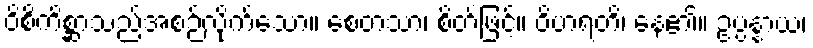
ဝိစိကိစ္ဆာသည်အစဉ်လိုက်သော။ စေတသာ၊ စိတ်ဖြင့်။ ဝိဟရတိ၊ နေ၏။ ဥပ္ပန္နာယ၊